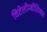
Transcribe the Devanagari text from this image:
विटेलोम्बीलिकल